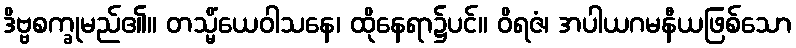
ဒိဗ္ဗစက္ခုမည်၏။ တသ္မိံယေဝါသနေ၊ ထိုနေရာ၌ပင်။ ဝိရဇံ၊ အပါယဂမနီယဖြစ်သော